Annual statistical returns and brief notes on vaccination in Bengal - 1887-1898
Year: 1887
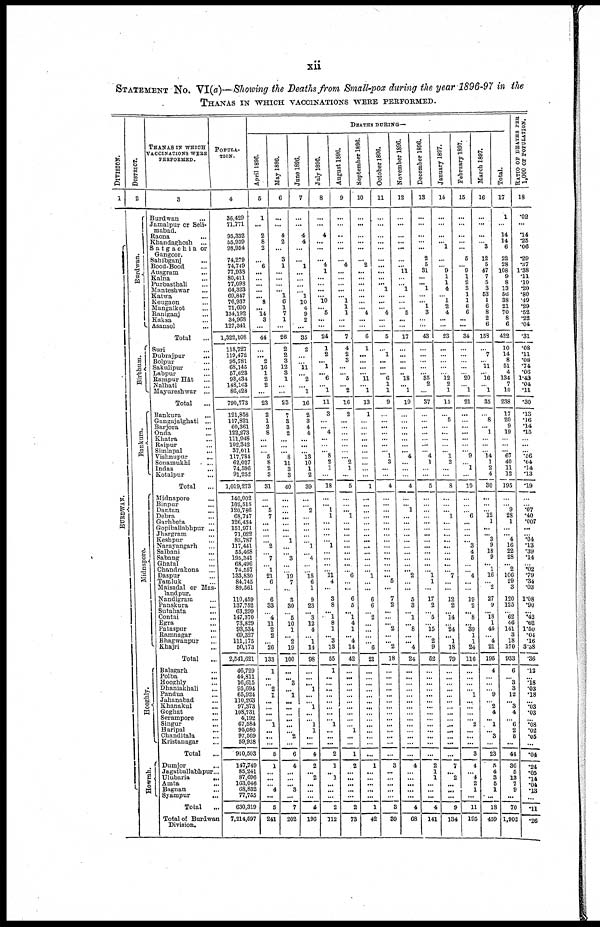
xii
STATEMENT NO. VI(a)—Showing the Deaths from Small-pox during the year1896-97 in the
THANAS IN WHICH VACCINATIONS WERE PERFORMED.
DIVISION.
1
B UR DWAN.
DISTRICT.
2
Burdwan.
Birbhum.
Bankura.
Mi dna por e .
Hooghly.
Howrah.
THANAS IN WHICH
VACCINATIONS WERE
PERFORMED.
3
Burdwan ...
Jamalpur or Seli-
mabad.
Raona
...
Khandaghosh
...
Satgachia or
Gangoor.
Sahibganj
...
Bood-Bood ...
Ausgram ...
Kalna ...
Purbasthali ...
Manteshwar ...
Katwa ...
Keugaon ...
Mangalkot ...
Raniganj ...
Kaksa ...
Asansol ...
Total
...
Suri ...
Dubrajpur ...
Bolpur ...
Sakulipur ...
Labpur ...
Rampur Hât ...
Nalhati ...
Mayureshwar ...
Total ...
Bankura
...
Gangajalghati ...
Barjora ...
Onda ...
Khatra ...
Raipur ...
Simlapal ...
Vishnupur ...
Sonamukhi ...
Indas ...
Kotalpur ...
Total ...
Midnapore ...
Binpur ...
Dantan ...
Debra ...
Garhbeta ...
Gopiballabhpur ...
Jhargram ...
Keshpur ...
Narayangarh ...
Salbani ...
Sabang ...
Ghatal ...
Chandrakona ...
Daspur ...
Tamluk ...
Maisadal or Mas-
landpur.
Nandigram ...
Panskura
...
Sutahata ...
Contai ...
Egra ...
Pataspur ...
Ramnagar ...
Bhagwanpur ...
Khajri ...
Total ...
Balagarh ...
Polba ...
Hooghly ...
Dhaniakhali ...
Pandua ...
Jahanabad
...
Khanakul ...
Goghat ...
Serampore ...
Singur ...
Haripal ...
Chanditala ...
Kristanagar ...
Total ...
Dumjor ...
Jagatballabhpur...
Ulubaria
...
Amta
...
Bagnan ...
Syampur
...
Total ...
Total of Burdwan
Division.
POPULA-
TION.
4
36,429
71,771
95,332
55,939
98,954
74,279
74,749
77,938
80,411
77,098
64,323
69,847
76,937
71,600
134,192
34,968
127,341
1,322,108
118,727
119,472
98,781
68,145
57,623
93,434
148,163
86,423
790,773
121,858
117,821
60,361
122,273
111,948
102,342
37,011
117,784
62,027
74,596
91,252
1,019,273
140,002
102,515
120,786
68,747
126,434
151,971
71,022
83,787
117,441
55,468
195,341
68,496
74,557
133,830
84,745
89,561
110,459
137,752
63,299
147,370
73,829
93,534
69,327
111,175
50,173
2,541,621
46,729
44,811
16,615
95,694
65,924
110,263
97,373
108,731
4,192
67,584
95,080
97,569
59,938
910,503
147,749
85,241
87,696
163,046
68,832
77,755
630,319
7,214,597
DEATHS DURING—
April 1896.
5
1
...
2
8
2
... 6
...
...
...
...
... 8
...
14
3
...
44
...
...
2
16
1
2
2
...
23
2
1
2
8
...
...
...
5
8
2
3
31
...
...
5
7
...
...
...
...
2
...
7
...
1
21
6
...
6
33
...
4
11
2
2
...
26
133
1
...
...
2
1
...
...
...
...
1
...
...
...
5
1
...
...
...
4
...
5
241
May 1896.
6
...
...
4
2
...
3
1
...
...
...
... 1
6
1
7
1
...
26
2
2
3
12
3
1
...
...
23
7
3
3
2
...
...
... 8
11
3
3
40
...
...
...
...
...
...
...
1
...
...
3
...
...
19
7
...
3
30
...
5
10
1
...
2
19
100
...
...
3
...
1
...
...
...
...
...
...
2
...
6
4
...
...
...
3
...
7
202
Jane 1896.
7
...
...
4
4
...
... 1
...
...
...
...
1
10
4
9
2
...
35
2
...
...
11
...
2
...
1
16
2
3
4
4
...
...
...
13
10
1
2
39
...
...
2
...
...
...
...
...
1
...
4
...
...
18
6
1
9
23
...
3
12
4
...
1
14
98
...
...
...
1
...
...
1
...
...
1
1
...
...
4
2
...
2
...
...
...
4
196
July 1896.
8
...
...
4
...
...
... 4
1
...
...
...
...
10
... 5
...
...
24
1
2
... 1
... 6
...
1
11
3
...
... 4
...
...
... 8
2
1
...
18
...
... 1
1
...
...
...
...
1
...
... ...
...
11
4
...
3
8
...
1
8
1
...
3
13
55
1
...
...
...
...
...
...
...
... 1
...
...
...
2
1
...
1
...
...
...
2
112
August 1896.
9
...
...
...
...
...
...
4
...
...
...
...
...
1
1
1
...
...
7
4
2
3
...
... 5
...
2
16
2
...
...
...
...
...
...
... 2
1
...
5
...
...
... 1
...
...
...
...
...
...
... ...
...
6
...
...
6
5
...
1
4
1
...
4
14
42
...
...
...
...
...
...
...
...
...
...
1
...
...
1
2
...
...
...
...
...
2
73
September 1896.
10
...
...
...
...
...
...
2
...
...
...
...
...
...
... 4
...
...
6
1
...
...
...
... 11
...
1
13
1
...
...
...
...
...
...
...
...
...
...
1
...
...
...
...
...
...
...
...
...
...
... ...
... 1
...
...
6
6
...
2
...
...
...
...
6
21
...
...
...
...
...
...
...
...
...
...
...
...
...
...
1
...
...
...
...
...
1
42
October 1896.
11
...
...
...
...
...
...
...
...
...
... 1
...
...
... 4
...
...
5
...
1
...
...
... 6
1
1
9
...
...
...
... ...
...
... 1
3
...
...
4
...
...
...
...
...
...
...
...
...
...
... ...
...
... 5
...
7
2
...
...
... 2
...
... 2
18
...
...
...
...
...
...
...
...
...
...
...
...
...
...
3
...
...
...
...
...
3
39
November 1896.
12
...
...
...
...
...
... ...
11
...
...
1
...
...
...
5
...
...
17
...
...
...
... ...
18
... 1
19
...
...
...
...
...
...
...
4
...
...
...
4
...
...
1
...
...
...
...
...
...
...
...
...
...
2
...
...
5
3
...
1
...
8
...
... 4
24
...
...
...
...
...
...
...
...
...
...
...
...
...
...
4
...
...
...
...
...
4
68
December 1896.
13
...
...
...
...
...
2
5
31
...
... 1
...
... 1
3
...
...
43
...
...
...
...
...
35
2
...
37
...
...
...
...
...
...
...
4
1
...
...
5
...
...
...
...
...
...
...
...
...
...
...
...
...
1
1
...
17
2
...
5
...
15
...
2
9
52
...
...
...
...
...
...
...
...
...
...
...
...
...
...
2
1
1
...
...
...
4
141
January 1897.
14
...
...
...
... 1
...
...
9
1
1
4
...
1
2
4
...
...
23
...
...
...
...
...
12
2
1
15
...
5
...
...
...
...
... 1
2
...
...
8
...
...
... 1
...
...
...
...
...
...
... ...
...
7
...
...
12
2
...
14
...
24
...
1
18
79
...
...
...
...
...
...
...
...
...
...
...
...
...
...
7
...
2
...
...
...
9
134
February 1897.
15
...
...
...
...
...
5
...
9
1
2
3
1
1
6
6
...
...
34
...
...
...
...
... 20
...
1
21
...
...
...
... ...
...
... 9
...
1
...
10
...
...
...
6
...
...
...
...
3
4
5
...
...
4
...
...
19
2
...
8
...
39
1
1
24
116
...
...
...
...
1
...
...
...
...
2
...
...
...
3
4
...
4
2
1
...
11
195
March 1897.
16
...
...
...
...
3
12
5
47
7
5
3
53
1
6
8
2
6
153
...
7
... 11
... 16
... 1
35
...
8
...
1
...
...
...
14
1
2
4
30
...
...
...
12
1
...
...
3
9
18
9
...
1
16
...
2
27
9
...
18
1
44
...
4
21
195
4
...
...
...
9
...
2
4
...
1
...
3
...
23
5
4
3
5
1
...
18
459
Total.
17
1
...
14
14
6
22
28
108
9
8
13
56
38
21
70
8
6
422
10
14
8
51
4
134
7
10
238
17
20
9
19
...
...
...
67
40
11
12
195
...
...
9
28
1
...
... 4
16
22
28
...
2
106
29
3
120
125
...
62
46
141
3
18
170
933
6
...
3
3
12
...
3
4
...
6
2
5 ...
44
36
5
13
7
9
...
70
1,903
RATIO OF DEATHS PER
1,000 OF POPULATION.
18
.02
...
.14
.25
.06
.29
.37
1.38
.11
.10
.20
.80
.49
.29
.52
.22
.04
.31
.08
.11
.08
.74
.06
1.43
.04
.11
.30
.13
.16
.14
.15
...
...
...
.56
.64
.14
.13
.19
...
...
.07
.40
.007
...
...
.04
.13
.39
.14
...
.02
.79
.34
.03
1.08
.90
...
.42
.62
1.50
.04
.16
3.38
.36
.12
...
.18
.03
.18
...
.03
.03
...
.08
.02
.05 ...
.04
.24
.05
.14
.04
.13 ...
.11
.26